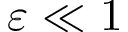
\varepsilon \ll 1